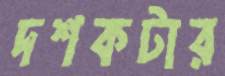
দশকটার